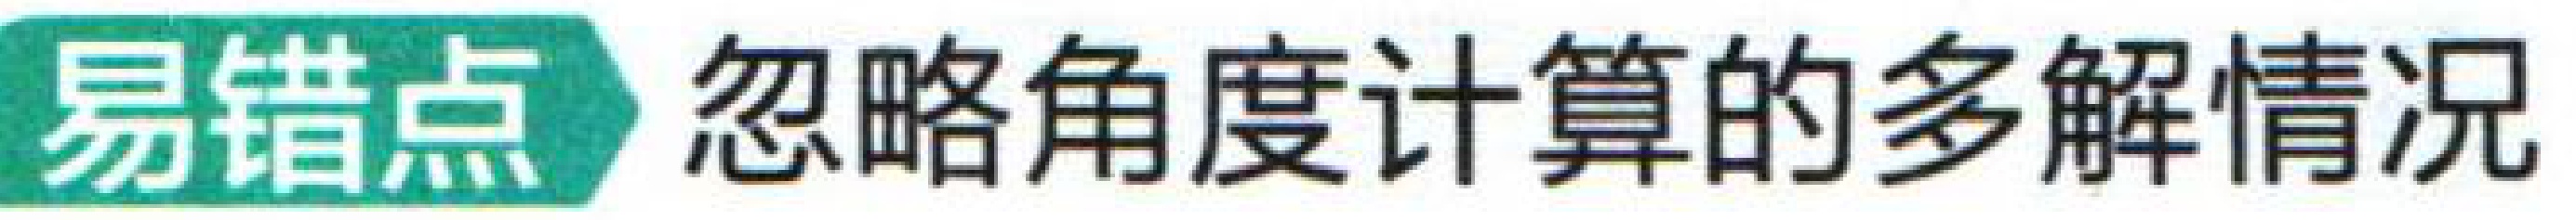
易错点 忽略角度计算的多解情况